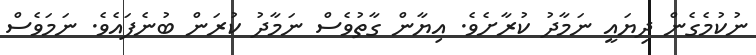
ނުކުމެގެން ދިޔައީ ނަމާދު ކުރާށެވެ. އިޔާން ގާތުވެސް ނަމާދު ކުރަން ބުނެފައެވެ. ނަމަވެސް